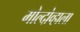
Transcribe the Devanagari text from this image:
मोल्दोव्हाला